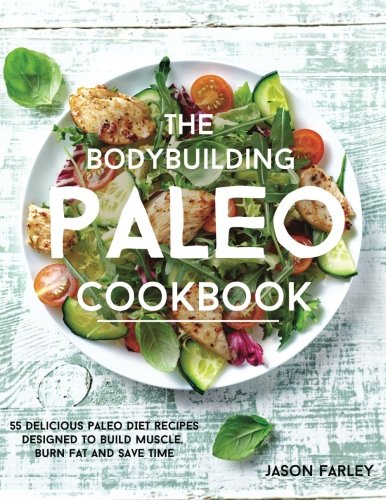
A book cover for The Bodybuilding Paleo Cookbook: 55 Delicious Paleo Diet Recipes Designed To Build Muscle, Burn Fat and Save Time (The Build Muscle, Get Shredded, Muscle & Fat Loss Cookbook Series); Jason Farley; Health, Fitness & Dieting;